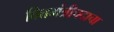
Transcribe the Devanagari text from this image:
वित्तमंत्रीपदाचा